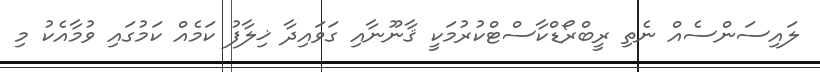
ލައިސަންސެއް ނެތި ރީބްރޯޑްކާސްޓްކުރުމަކީ ޤާނޫނާއި ގަވައިދާ ޚިލާފު ކަމެއް ކަމުގައި ވުމާއެކު މި